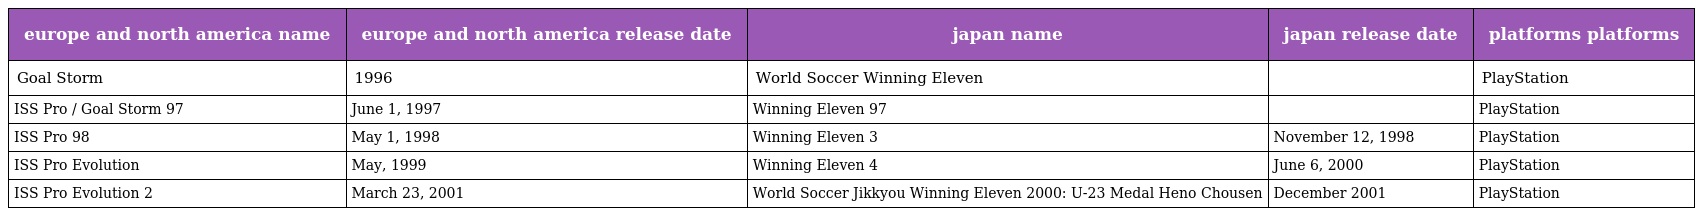
| europe and north america name | europe and north america release date | japan name | japan release date | platforms platforms |
 | --- | --- | --- | --- | --- |
 | Goal Storm | 1996 | World Soccer Winning Eleven |  | PlayStation |
 | ISS Pro / Goal Storm 97 | June 1, 1997 | Winning Eleven 97 |  | PlayStation |
 | ISS Pro 98 | May 1, 1998 | Winning Eleven 3 | November 12, 1998 | PlayStation |
 | ISS Pro Evolution | May, 1999 | Winning Eleven 4 | June 6, 2000 | PlayStation |
 | ISS Pro Evolution 2 | March 23, 2001 | World Soccer Jikkyou Winning Eleven 2000: U-23 Medal Heno Chousen | December 2001 | PlayStation |